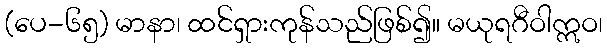
(ပေ-၆၅) မာနာ၊ ထင်ရှားကုန်သည်ဖြစ်၍။ မယုရဂီဝါဣဝ၊